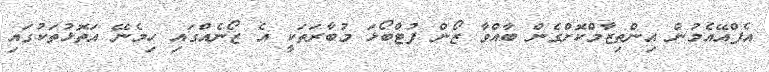
އެފްއޭއެމުން އިންތިޒާމްކޮށްގެން ބާއްވާ ޒޯން ފުޓްބޯޅަ މުބާރަތަކީ އެ ޒޯނެއްގައި ހިމެނޭ އަތޮޅުތަކުގައި